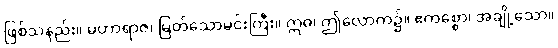
ဖြစ်သနည်း။ မဟာရာဇ၊ မြတ်သောမင်းကြီး။ ဣဓ၊ ဤလောက၌။ ဧကစ္စော၊ အချို့သော။